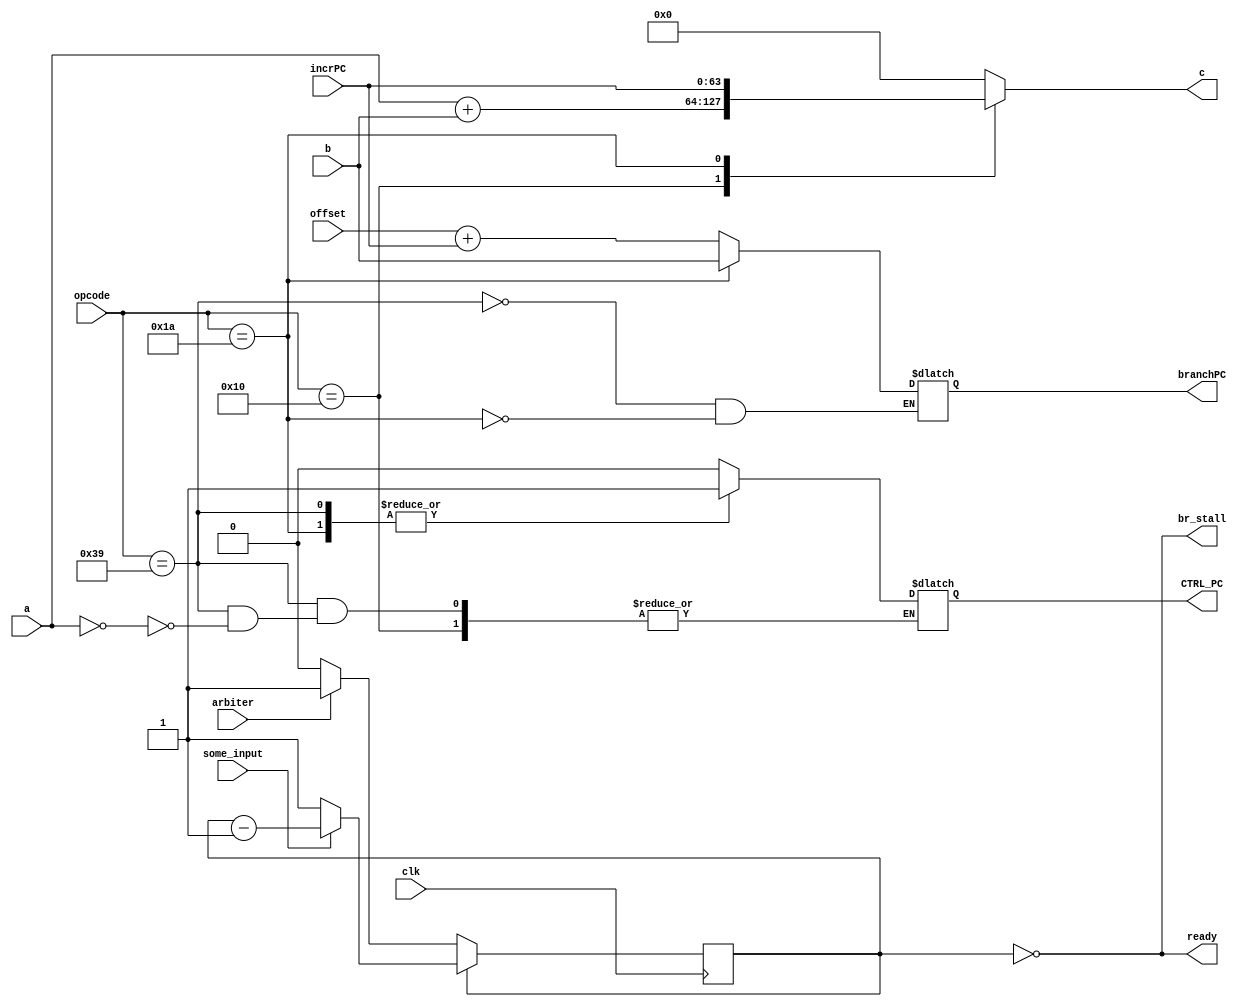
module adder (
    input clk,
    input [63:0] a,
    input [63:0] b,
    input arbiter, //indicates that arbiter wants to write to the cdb
    input some_input, //indicates that one of the reservation stations
                      //is providing an input

    input [63:0] incrPC, 
    input [63:0] offset, 
    input [63:0] opcode,

    output reg [63:0] c,
    output ready, //says that result is ready
    output reg CTRL_PC,
    output reg [63:0] branchPC,
    output br_stall
);

  initial
  begin
        c =0;
        CTRL_PC = 0;
        branchPC = 0;
        #1
        CTRL_PC = 1;
        #1
        CTRL_PC = 0;
  end

  //Instruction opcodes
  // RR, RI type instructions Op field
  parameter op_addq = 6'b010000,
            op_subq = 6'b010000,
            op_bis = 6'b010001,
            op_xor = 6'b010001,
            op_cmoveq = 6'b010001,
            op_cmplt = 6'b010001,
            op_mulq =  6'b010011,
  //RR, RI type instructions funct field
            funct_addq = 7'b0100000,
            funct_subq = 7'b0101001,
            funct_bis = 7'b0100000,
            funct_xor = 7'b1000000,
            funct_cmoveq = 7'b0100100,
            funct_cmplt = 7'b1001101,
            funct_mulq = 7'b0100000,
  //Load/store instructions op field
            op_ldq = 6'b101001,
            op_stq = 6'b101101,
  //branch instructions op field
            op_beq = 6'b111001,
            op_bne = 6'b111101,
            op_br = 6'b110000,
            op_bsr = 6'b110100,
  //jmp instruction (transfer of control)
            op_jmp = 6'b011010,
            op_jsr = 6'b011010,
            op_ret = 6'b011010,
  //jmp instruction hint
            hint_jmp = 8'h00,
            hint_jsr = 8'h01,
            hint_ret = 8'h10;



    wire [2:0] branch;

    reg compute_wait ;

    initial
    begin
        compute_wait = 1;
    end

    assign ready  = ~compute_wait;

    always @(posedge clk )
    begin
    // CONTROL logic for the adder
        if (compute_wait == 0 )
        begin
            if(arbiter) compute_wait <= 1;
        end
        else
        begin
          if (some_input)
            compute_wait <= compute_wait - 1;
          else
            compute_wait <= 1;
        end
    end

    assign br_stall = ready;

    // DATA output
    always @(*)
    begin
        case (opcode)
            op_addq :
            begin
                  c = a+b;                                
            end            
            op_beq :
            begin
                  c = 0; //wb 0, but no destination
                  if(a == 0) 
                  begin
                    CTRL_PC = 1;     
                  end
                  branchPC = offset + incrPC; 
            end
            op_jmp :
            begin
                  c = incrPC;
                  CTRL_PC = 1;
                  branchPC = b;
            end
            default : 
            begin
                  CTRL_PC = 0;
                  c = 0;
            end
        endcase
    end

endmodule